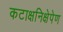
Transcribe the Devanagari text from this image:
कटाक्षनिक्षेपेण